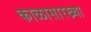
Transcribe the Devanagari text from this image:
काळासारख्या